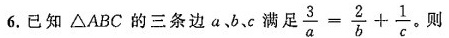
6.已知△ABC的三条边a、b、c满$$\frac { 3 } { a } = \frac { 2 } { b } + \frac { 1 } { c }$$。则